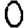
Digit: 0